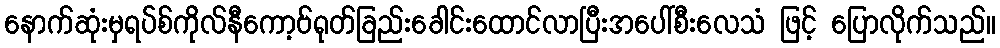
နောက်ဆုံးမှရပ်စ်ကိုလ်နီကော့ဗ်ရုတ်ခြည်းခေါင်းထောင်လာပြီးအပေါ်စီးလေသံ ဖြင့် ပြောလိုက်သည်။